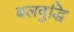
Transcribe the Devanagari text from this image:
बलबुद्धि